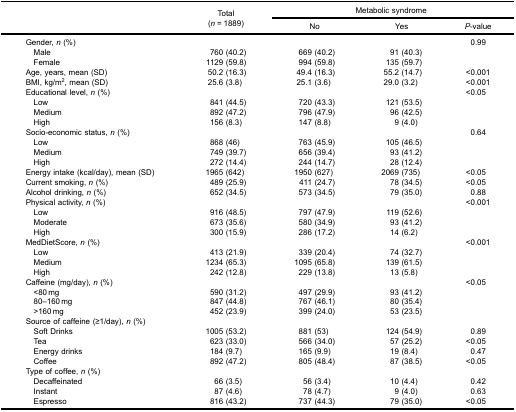
<table><thead><tr><td rowspan="3"><b> </b></td><td rowspan="3"><b>Total(<i>n</i> = 1889)</b></td><td colspan="3"><b>Metabolic syndrome</b></td></tr><tr><td><b>No</b></td><td><b>Yes</b></td><td><b><i>P</i>-value</b></td></tr></thead><tbody><tr><td>Gender, <i>n</i> (%)</td><td> </td><td> </td><td> </td><td>0.99</td></tr><tr><td> Male</td><td>760 (40.2)</td><td>669 (40.2)</td><td>91 (40.3)</td><td> </td></tr><tr><td> Female</td><td>1129 (59.8)</td><td>994 (59.8)</td><td>135 (59.7)</td><td> </td></tr><tr><td>Age, years, mean (SD)</td><td>50.2 (16.3)</td><td>49.4 (16.3)</td><td>55.2 (14.7)</td><td>&lt;0.001</td></tr><tr><td>BMI, kg/m<sup>2</sup>, mean (SD)</td><td>25.6 (3.8)</td><td>25.1 (3.6)</td><td>29.0 (3.2)</td><td>&lt;0.001</td></tr><tr><td>Educational level, <i>n</i> (%)</td><td> </td><td> </td><td> </td><td>&lt;0.05</td></tr><tr><td> Low</td><td>841 (44.5)</td><td>720 (43.3)</td><td>121 (53.5)</td><td> </td></tr><tr><td> Medium</td><td>892 (47.2)</td><td>796 (47.9)</td><td>96 (42.5)</td><td> </td></tr><tr><td> High</td><td>156 (8.3)</td><td>147 (8.8)</td><td>9 (4.0)</td><td> </td></tr><tr><td>Socio-economic status, <i>n</i> (%)</td><td> </td><td> </td><td> </td><td>0.64</td></tr><tr><td> Low</td><td>868 (46)</td><td>763 (45.9)</td><td>105 (46.5)</td><td> </td></tr><tr><td> Medium</td><td>749 (39.7)</td><td>656 (39.4)</td><td>93 (41.2)</td><td> </td></tr><tr><td> High</td><td>272 (14.4)</td><td>244 (14.7)</td><td>28 (12.4)</td><td> </td></tr><tr><td>Energy intake (kcal/day), mean (SD)</td><td>1965 (642)</td><td>1950 (627)</td><td>2069 (735)</td><td>&lt;0.05</td></tr><tr><td>Current smoking, <i>n</i> (%)</td><td>489 (25.9)</td><td>411 (24.7)</td><td>78 (34.5)</td><td>&lt;0.05</td></tr><tr><td>Alcohol drinking, <i>n</i> (%)</td><td>652 (34.5)</td><td>573 (34.5)</td><td>79 (35.0)</td><td>0.88</td></tr><tr><td>Physical activity, <i>n</i> (%)</td><td> </td><td> </td><td> </td><td>&lt;0.001</td></tr><tr><td> Low</td><td>916 (48.5)</td><td>797 (47.9)</td><td>119 (52.6)</td><td> </td></tr><tr><td> Moderate</td><td>673 (35.6)</td><td>580 (34.9)</td><td>93 (41.2)</td><td> </td></tr><tr><td> High</td><td>300 (15.9)</td><td>286 (17.2)</td><td>14 (6.2)</td><td> </td></tr><tr><td>MedDietScore, <i>n</i> (%)</td><td> </td><td> </td><td> </td><td>&lt;0.001</td></tr><tr><td> Low</td><td>413 (21.9)</td><td>339 (20.4)</td><td>74 (32.7)</td><td> </td></tr><tr><td> Medium</td><td>1234 (65.3)</td><td>1095 (65.8)</td><td>139 (61.5)</td><td> </td></tr><tr><td> High</td><td>242 (12.8)</td><td>229 (13.8)</td><td>13 (5.8)</td><td> </td></tr><tr><td>Caffeine (mg/day), <i>n</i> (%)</td><td> </td><td> </td><td> </td><td>&lt;0.05</td></tr><tr><td> &lt;80 mg</td><td>590 (31.2)</td><td>497 (29.9)</td><td>93 (41.2)</td><td> </td></tr><tr><td> 80–160 mg</td><td>847 (44.8)</td><td>767 (46.1)</td><td>80 (35.4)</td><td> </td></tr><tr><td> &gt;160 mg</td><td>452 (23.9)</td><td>399 (24.0)</td><td>53 (23.5)</td><td> </td></tr><tr><td colspan="5">Source of caffeine (≥1/day), <i>n</i> (%)</td></tr><tr><td> Soft Drinks</td><td>1005 (53.2)</td><td>881 (53)</td><td>124 (54.9)</td><td>0.89</td></tr><tr><td> Tea</td><td>623 (33.0)</td><td>566 (34.0)</td><td>57 (25.2)</td><td>&lt;0.05</td></tr><tr><td> Energy drinks</td><td>184 (9.7)</td><td>165 (9.9)</td><td>19 (8.4)</td><td>0.47</td></tr><tr><td> Coffee</td><td>892 (47.2)</td><td>805 (48.4)</td><td>87 (38.5)</td><td>&lt;0.05</td></tr><tr><td colspan="5">Type of coffee, <i>n</i> (%)</td></tr><tr><td> Decaffeinated</td><td>66 (3.5)</td><td>56 (3.4)</td><td>10 (4.4)</td><td>0.42</td></tr><tr><td> Instant</td><td>87 (4.6)</td><td>78 (4.7)</td><td>9 (4.0)</td><td>0.63</td></tr><tr><td> Espresso</td><td>816 (43.2)</td><td>737 (44.3)</td><td>79 (35.0)</td><td>&lt;0.05</td></tr></tbody></table>